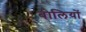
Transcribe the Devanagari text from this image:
बोलियांे